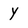
Character: Y